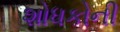
શોધકોની